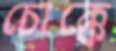
চোক্কে